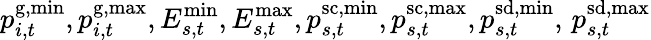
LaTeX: p_{i,t}^{\mathrm{{g,min}}},p_{i,t}^{\mathrm{g,max}},E_{s,t}^{\mathrm{{min}}},E_{s,t}^{\mathrm{max}},p_{s,t}^{\mathrm{{sc,min}}},p_{s,t}^{\mathrm{sc,max}},p_{s,t}^{\mathrm{{sd,min}}},\, p_{s,t}^{\mathrm{sd,max}}